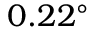
0 . 2 2 ^ { \circ }